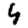
Digit: 4